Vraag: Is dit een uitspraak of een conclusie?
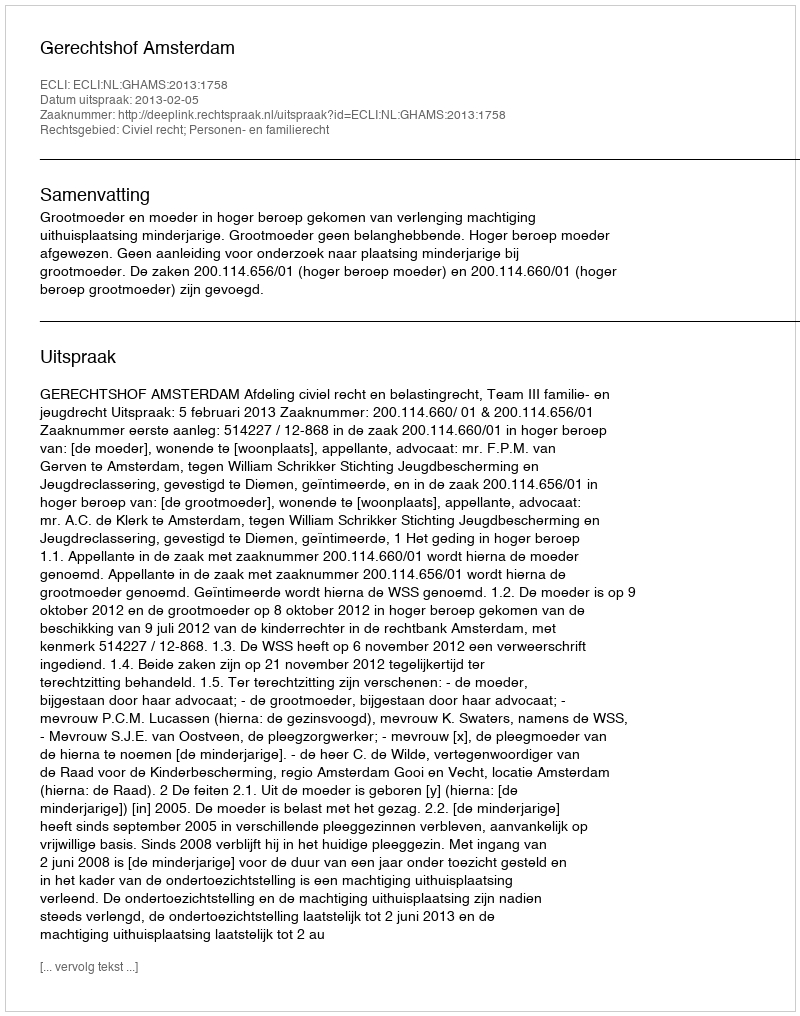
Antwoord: Uitspraak